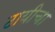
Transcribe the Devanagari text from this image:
ठायीचा